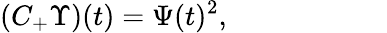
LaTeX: (C_{+}\Upsilon)(t)=\Psi(t)^{2},~~~~~~~~~~~~~~~~~~~~~~